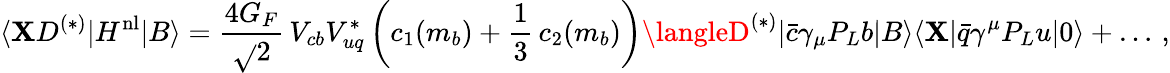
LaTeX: \langle\mathbf{X}D^{(*)}|H^{\mathrm{{nl}}}|B\rangle={\frac{{4G_{F}}}{{\sqrt{}{2}}}}\, V_{cb}V_{uq}^{*}\left(c_{1}(m_{b})+{\frac{{1}}{{3}}}\, c_{2}(m_{b})\right)\langleD^{(*)}|\bar{{c}}\gamma_{\mu}P_{L}b|B\rangle\langle\mathbf{X}|\bar{{q}}\gamma^{\mu}P_{L}u|0\rangle+\dots\, ,